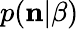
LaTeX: p({\mathbf n}|\beta)